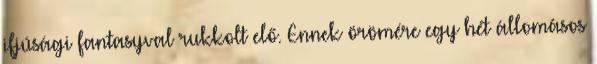
ifjúsági fantasyval rukkolt elő. Ennek örömére egy hét állomásos